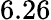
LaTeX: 6.26